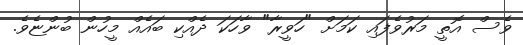
ވެސް އޮތީ މަރުވެފައި ކަމަށް "ހަވީރާ" ވާހަކަ ދެއްކި ބައެއް މީހުން ބުންޏެވެ.